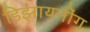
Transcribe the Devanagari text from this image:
डिझायनींग